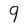
Character: 9